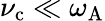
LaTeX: \nu_{\mathrm{c}}\ll\omega_{\mathrm{A}}